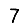
Digit: 7